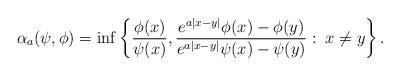
LaTeX: \begin{align*} \alpha_a(\psi,\phi)=\inf\left\{\frac{\phi(x)}{\psi(x)},\frac{e^{a|x-y|}\phi(x)-\phi(y)}{e^{a|x-y|}\psi(x)-\psi(y)}:\;x\neq y\right\}. \end{align*}